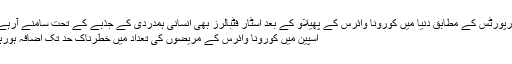
میڈیا رپورٹس کے مطابق دنیا میں کورونا وائرس کے پھیلاو کے بعد اسٹار فٹبالرز بھی انسانی ہمدردی کے جذبے کے تحت سامنے آرہے ہیں،
اسپین میں کورونا وائرس کے مریضوں کی تعداد میں خطرناک حد تک اضافہ ہورہا ہے۔